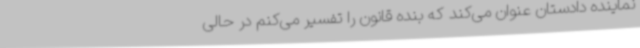
نماینده دادستان عنوان می‌کند که بنده قانون را تفسیر می‌کنم در حالی